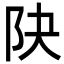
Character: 䦼